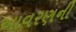
આવરણની